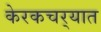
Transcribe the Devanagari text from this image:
केरकचर्‍यात